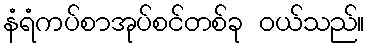
နံရံကပ်စာအုပ်စင်တစ်ခု ဝယ်သည်။